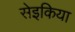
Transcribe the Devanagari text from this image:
सेइकिया